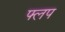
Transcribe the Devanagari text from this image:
फ्लप